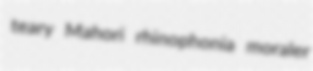
teary Mahori rhinophonia moraler